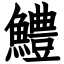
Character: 鱧